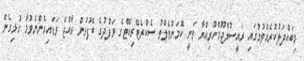
މިބައްދަލުކުރެއްވުމުގައި ރައީސުލްޖޫމްހޫރިއްޔާ ވަނީ ކޮމަންވެލްތު ސެކްރެޓޭރިއޭޓްގެ ވަފުދުގެ ބޭފުޅުން ރާއްޖެ ވަޑައިގެންނެވުމާ ގުޅިގެން